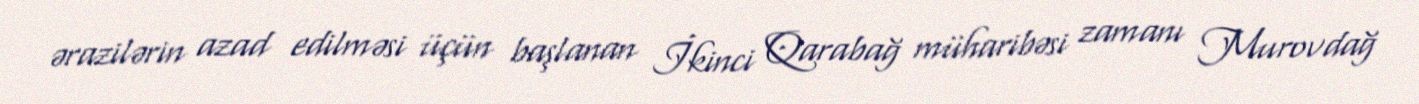
ərazilərin azad edilməsi üçün başlanan İkinci Qarabağ müharibəsi zamanı Murovdağ